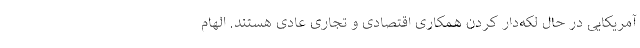
آمریکایی در حال لکه‌دار کردن همکاری اقتصادی و تجاری عادی هستند. الهام